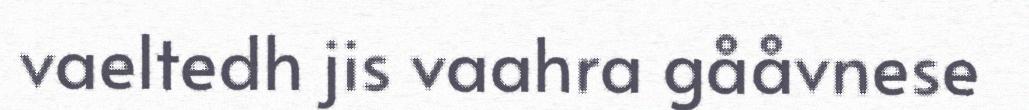
vaeltedh jis vaahra gååvnese